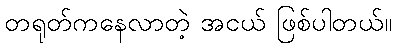
တရုတ်ကနေလာတဲ့ အငယ် ဖြစ်ပါတယ်။